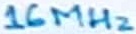
Text: 16MHz